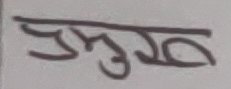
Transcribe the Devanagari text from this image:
प्रमुख